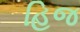
હિજ